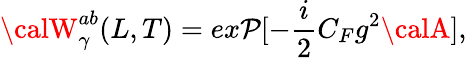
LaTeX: {\calW}_{\gamma}^{ab}(L,T)=ex\mathcal{P}[-{\frac{{i}}{{2}}}C_{F}g^{2}{\calA}],